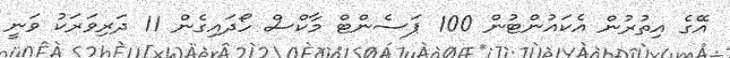
އޭގެ އިތުރުން އެކައުންޓުން 100 ޕަސެންޓް މާކްސް ހޯދައިގެން 11 ދަރިވަރަކު ވަނީ